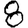
Digit: 8